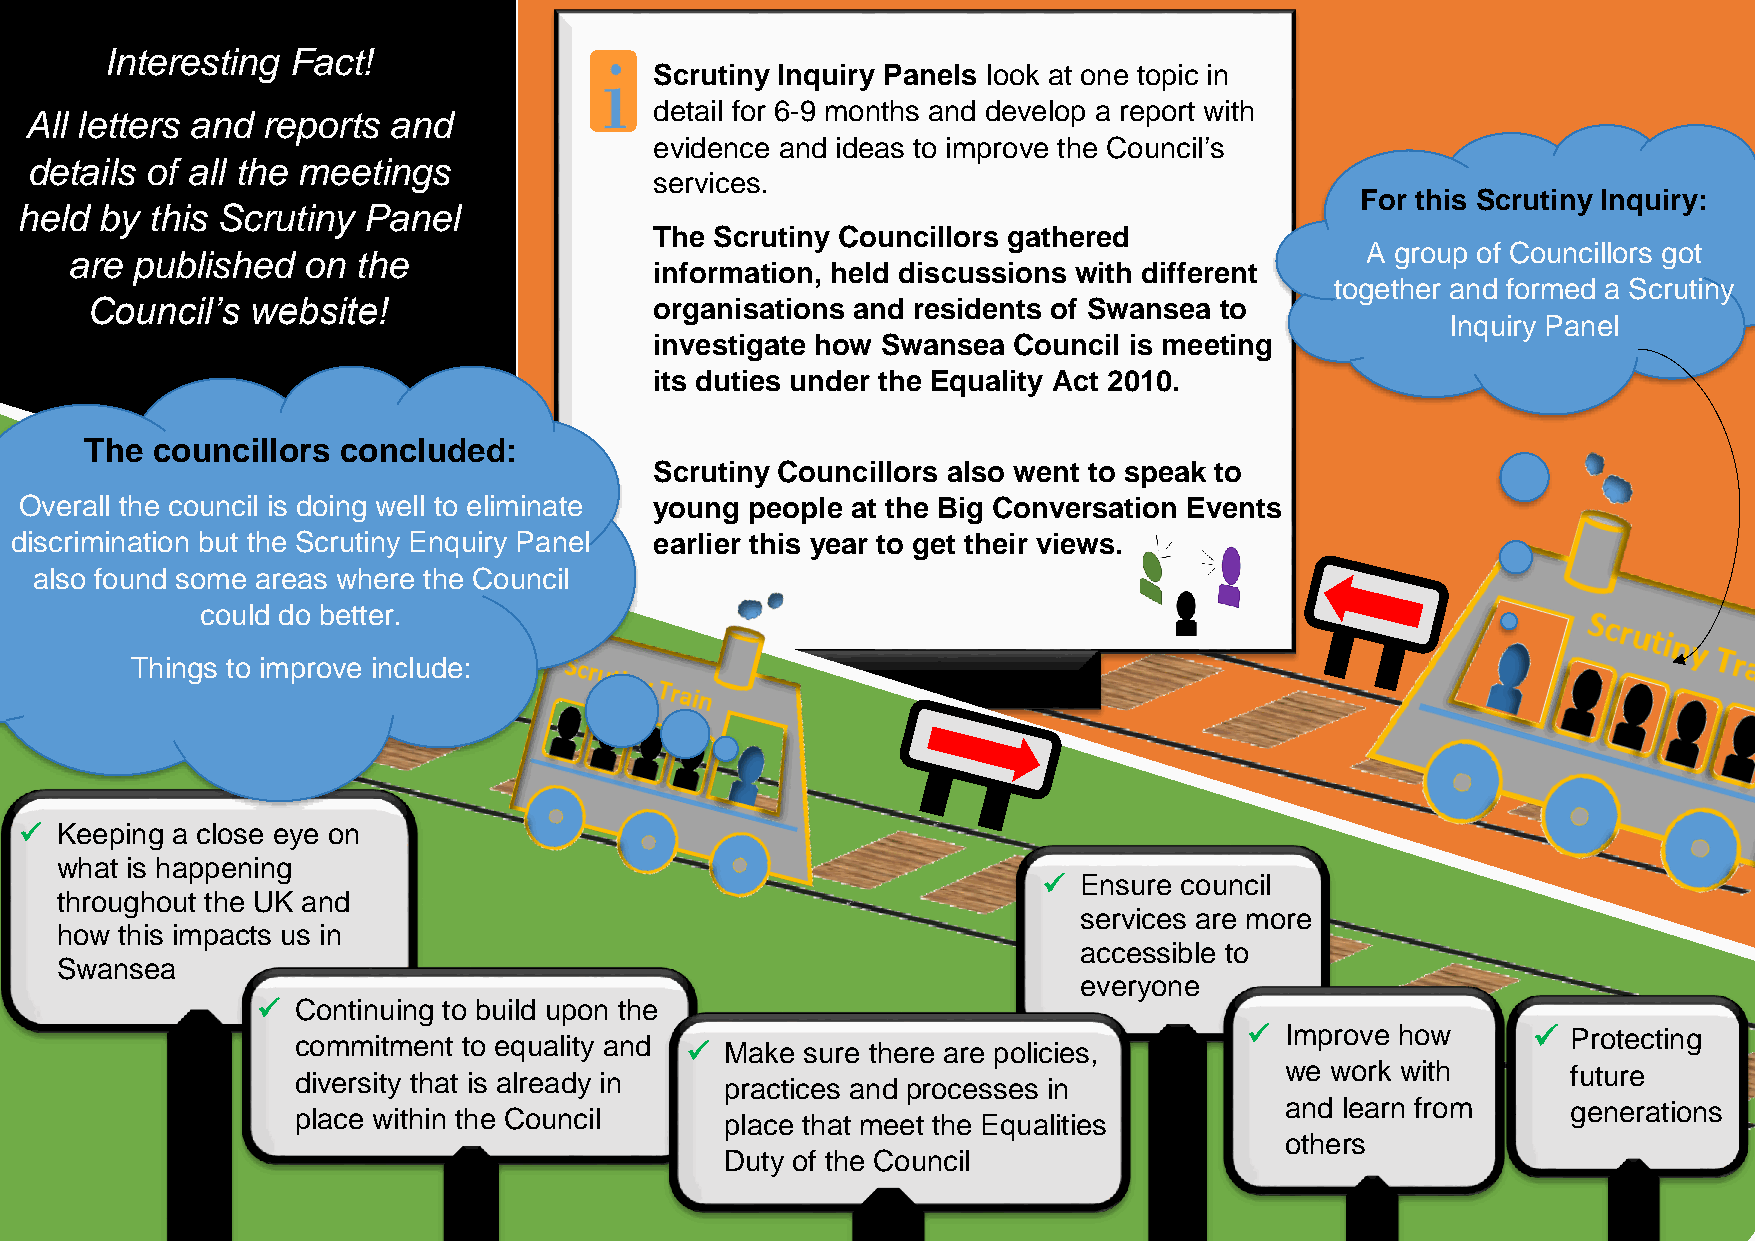
Interesting Fact!
 Scrutiny Inquiry Panels look at one topic in
 detail for 6-9 months and develop a report with
 All letters and reports and
 evidence and ideas to improve the Council’s
 details o f all the meetings
 services.
 For this Scrutiny Inquiry:
 held  by t his Scrutiny Panel
 The Scrutiny Councillors gathered
 are p uH bj lished on the
 A group of C ouncillors got
 information, held discussions with different
 together and formed a Scrutiny
 Cou ncil’s website!                  organisations and residents of Swansea to
 Inquiry Panel
 investigate how Swansea Council is meeting
 its duties under the Equality Act 2010.
 The councillors concluded:
 Scrutiny Councillors also went to speak to
 Overall the council is doing well to eliminate young people at the Big Conversation Events
 discriminat ion but the Scrutiny Enquiry Panel earlier this year to get their views.
 also found some areas where the Council
 could do better.
 Things to improve include:
   Keeping a close eye on
 what is happening
  Ensure council
 throughout the UK and
 services are more
 how this impacts us in
 accessible to
 Swanse a
 everyone
   Continuing to build upon the
  Improve how       Protecting
 commitment to equality and
   Make sure there are policies,
 we work with       future
 diversity that is already in practices and processes in
 and learn from     generations
 place within the Council
 place that meet the Equalities
 others
 Duty of the Council